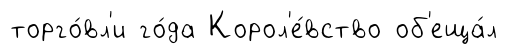
торго́вл'и го́да Корол'е́вство об'еща́л